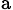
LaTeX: _\mathrm{a}